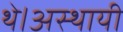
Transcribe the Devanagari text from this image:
थे।अस्थायी